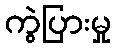
ကွဲပြားမှု